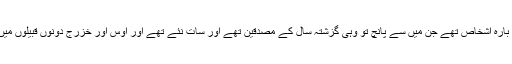
اس دفعہ یہ بارہ اشخاص تھے جن میں سے پانچ تو وہی گزشتہ سال کے مصدّقین تھے اور سات نئے تھے اور اَوس اور خزرج دونوں قبیلوں میں سے تھے۔